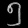
Digit: ၅